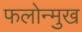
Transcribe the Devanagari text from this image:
फलोन्मुख